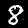
Digit: 8